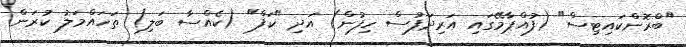
"ބްރޮންކައިޓިސް" (ފުއްޕާމޭގައި އަރިދަފުސް ހިފުން) އަދި "ކަފް" (ކެއްސާ ބަލި) ތަހައްމަލު ކުރަން